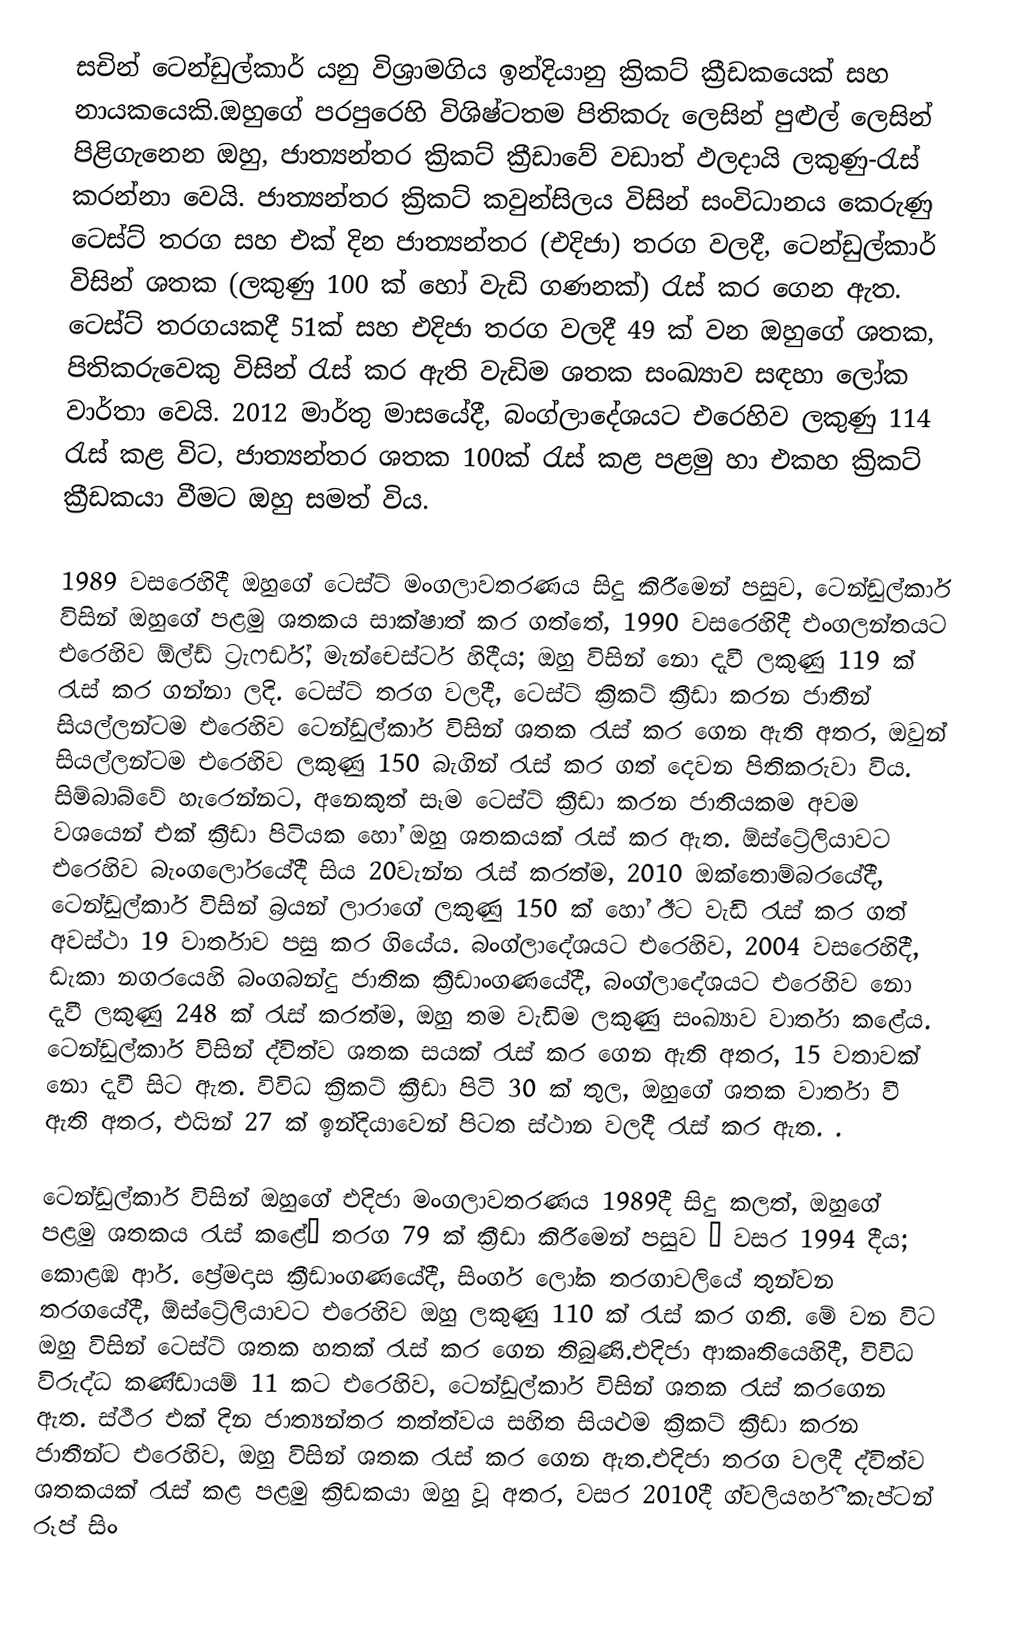
සචින් ටෙන්ඩුල්කාර් යනු විශ්‍රාමගිය  ඉන්දියානු ක්‍රිකට් ක්‍රීඩකයෙක් සහ නායකයෙකි.ඔහුගේ පරපුරෙහි විශිෂ්ටතම පිතිකරු ලෙසින් පුළුල් ලෙසින් පිළිගැනෙන ඔහු,  ජාත්‍යන්තර ක්‍රිකට් ක්‍රීඩාවේ වඩාත් ඵලදායි ලකුණු-රැස් කරන්නා වෙයි.  ජාත්‍යන්තර ක්‍රිකට් කවුන්සිලය විසින් සංවිධානය කෙරුණු ටෙස්ට් තරග සහ එක් දින ජාත්‍යන්තර (එදිජා) තරග වලදී, ටෙන්ඩුල්කාර් විසින්  ශතක (ලකුණු 100 ක් හෝ වැඩි ගණනක්) රැස් කර ගෙන ඇත. ටෙස්ට් තරගයකදී 51ක් සහ එදිජා තරග වලදී 49 ක් වන ඔහුගේ ශතක, පිතිකරුවෙකු විසින් රැස් කර ඇති වැඩිම ශතක සංඛ්‍යාව සඳහා ලෝක වාර්තා වෙයි.  2012 මාර්තු මාසයේදී, බංග්ලාදේශයට එරෙහිව ලකුණු 114 රැස් කළ විට, ජාත්‍යන්තර ශතක 100ක් රැස් කළ පළමු හා එකහ ක්‍රිකට් ක්‍රීඩකයා වීමට ඔහු සමත් විය.

1989 වසරෙහිදී ඔහුගේ ටෙස්ට් මංගලාවතරණය සිදු කිරීමෙන් පසුව, ටෙන්ඩුල්කාර් විසින් ඔහුගේ පළමු ශතකය සාක්ෂාත් කර ගත්තේ, 1990 වසරෙහිදී  එංගලන්තයට එරෙහිව ඕල්ඩ් ට්‍රැෆර්ඩ්, මැන්චෙස්ටර් හිදීය; ඔහු විසින් නො දැවී ලකුණු 119 ක් රැස් කර ගන්නා ලදි.  ටෙස්ට් තරග වලදී,  ටෙස්ට් ක්‍රිකට් ක්‍රීඩා කරන ජාතීන් සියල්ලන්ටම එරෙහිව ටෙන්ඩුල්කාර් විසින් ශතක රැස් කර ගෙන ඇති අතර, ඔවුන් සියල්ලන්ටම එරෙහිව ලකුණු 150 බැගින් රැස් කර ගත් දෙවන පිතිකරුවා විය.  සිම්බාබ්වේ හැරෙන්නට, අනෙකුත් සෑම ටෙස්ට් ක්‍රීඩා කරන ජාතියකම අවම වශයෙන් එක් ක්‍රීඩා පිටියක හෝ ඔහු ශතකයක් රැස් කර ඇත. ඕස්ට්‍රේලියාවට එරෙහිව බැංගලෝරයේදී සිය 20වැන්න රැස් කරත්ම, 2010 ඔක්තොම්බරයේදී, ටෙන්ඩුල්කාර් විසින් බ්‍රයන් ලාරාගේ ලකුණු 150 ක් හෝ ඊට වැඩි රැස් කර ගත් අවස්ථා 19 වාර්තාව පසු කර ගියේය. බංග්ලාදේශයට එරෙහිව, 2004 වසරෙහිදී, ඩැකා නගරයෙහි    බංගබන්දු ජාතික ක්‍රීඩාංගණයේදී, බංග්ලාදේශයට එරෙහිව නො දැවී ලකුණු 248 ක් රැස් කරත්ම, ඔහු තම වැඩිම ලකුණු සංඛ්‍යාව වාර්තා කළේය. ටෙන්ඩුල්කාර් විසින් ද්විත්ව ශතක සයක් රැස් කර ගෙන ඇති අතර, 15 වතාවක් නො දැවී  සිට ඇත. විවිධ  ක්‍රිකට් ක්‍රීඩා පිටි 30 ක් තුල, ඔහුගේ ශතක වාර්තා වී ඇති අතර, එයින් 27 ක් ඉන්දියාවෙන් පිටත ස්ථාන වලදී රැස් කර ඇත. .

ටෙන්ඩුල්කාර් විසින් ඔහුගේ එදිජා මංගලාවතරණය 1989දී සිදු කලත්,  ඔහුගේ පළමු ශතකය රැස් කළේ– තරග 79 ක් ක්‍රීඩා කිරීමෙන් පසුව – වසර 1994 දීය; කොළඹ  ආර්. ප්‍රේමදාස ක්‍රීඩාංගණයේදී, සිංගර් ලෝක තරගාවලියේ තුන්වන තරගයේදී, ඕස්ට්‍රේලියාවට එරෙහිව ඔහු ලකුණු 110 ක් රැස් කර ගති. මේ වන විට ඔහු විසින් ටෙස්ට් ශතක හතක් රැස් කර ගෙන තිබුණි.එදිජා ආකෘතියෙහිදී, විවිධ විරුද්ධ කණ්ඩායම් 11 කට එරෙහිව, ටෙන්ඩුල්කාර් විසින් ශතක රැස් කරගෙන ඇත. ස්ථීර එක් දින ජාත්‍යන්තර තත්ත්වය සහිත සියළුම ක්‍රිකට් ක්‍රීඩා කරන ජාතීන්ට එරෙහිව, ඔහු විසින් ශතක රැස් කර ගෙන ඇත.එදිජා තරග වලදී ද්විත්ව ශතකයක් රැස් කළ පළමු ක්‍රිඩකයා ඔහු වූ අතර, වසර 2010දී ග්වලියර්හී   කැප්ටන් රූප් සිං